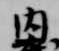
内